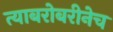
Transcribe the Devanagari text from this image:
त्याबरोबरीनेच